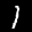
Label: 1